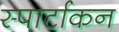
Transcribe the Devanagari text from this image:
स्पार्टाकन